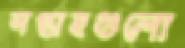
সপ্তাহগুলো